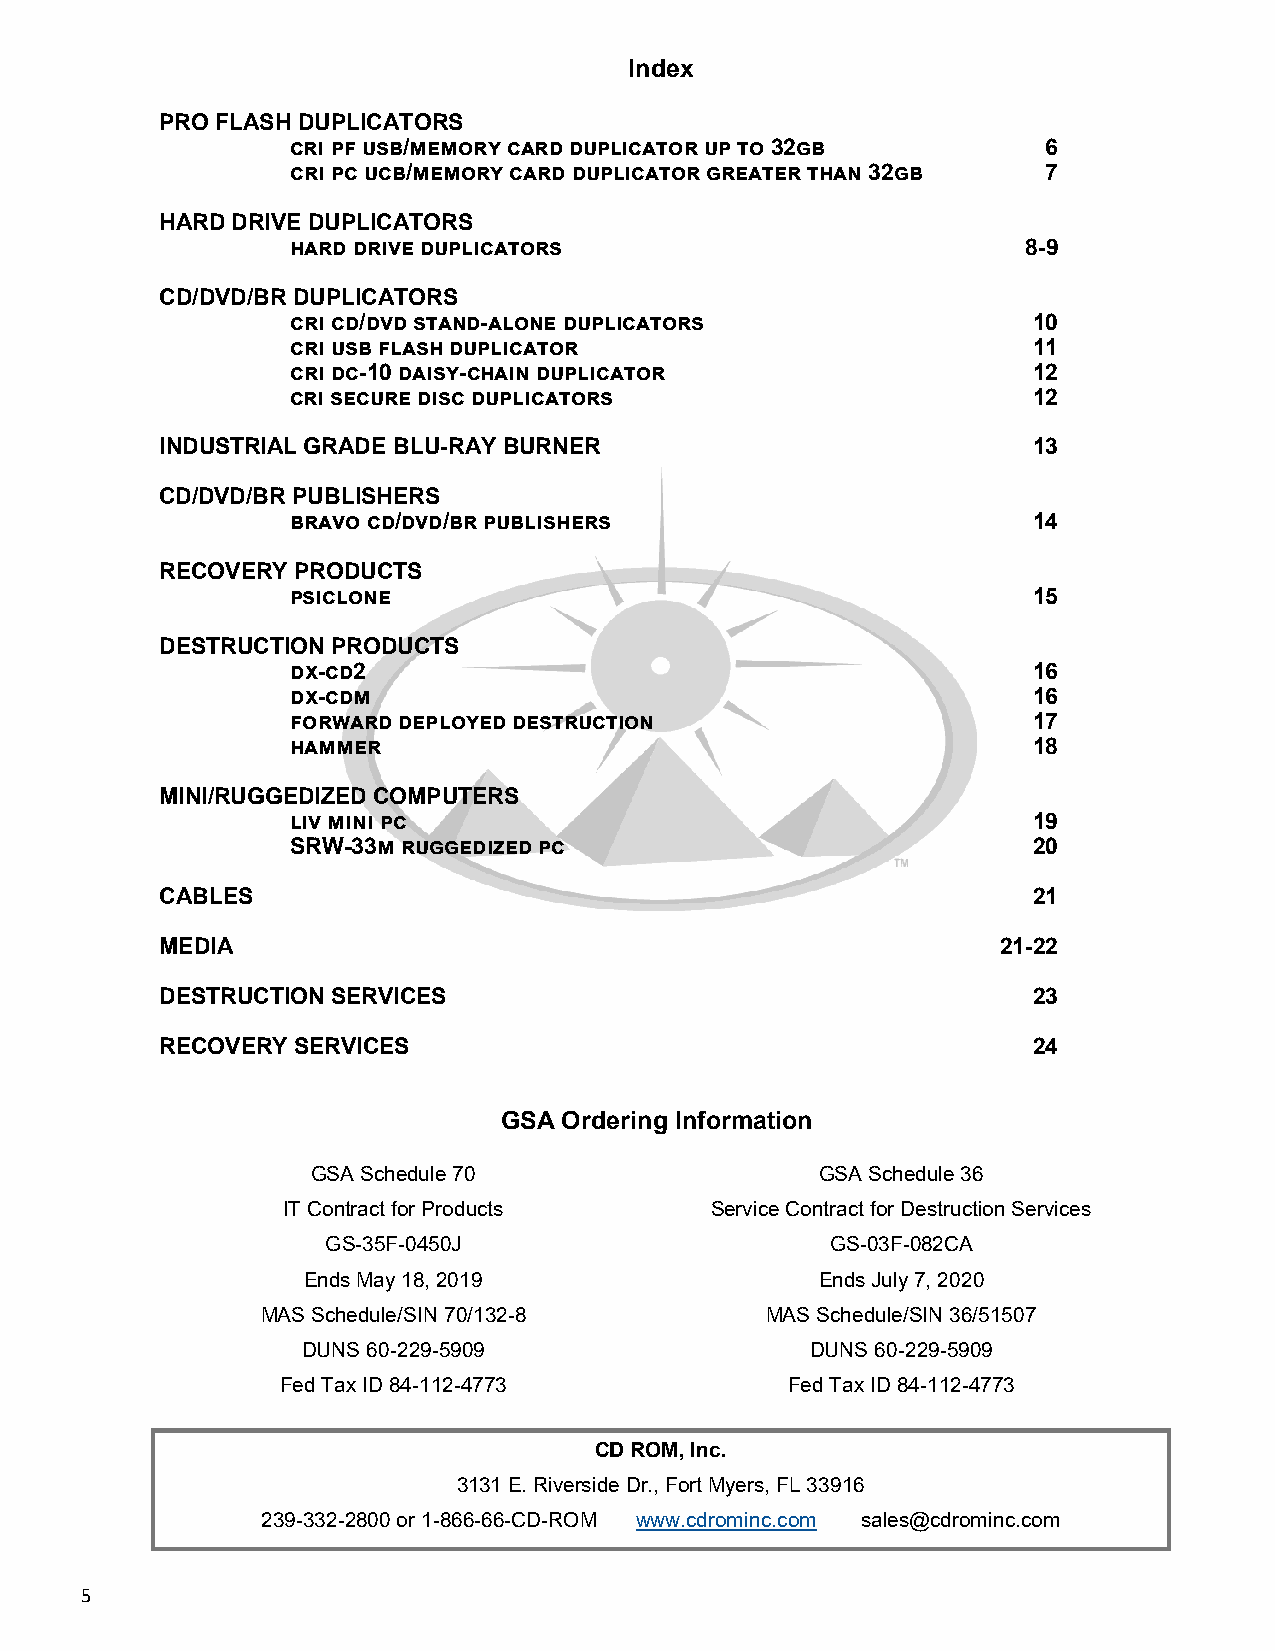
Index
 PRO FLASH DUPLICATORS
 cri pf usb/memory card duplicator up to 32gb      6
 cri pc ucb/memory card duplicator greater than 32gb 7
 HARD DRIVE DUPLICATORS
 hard drive duplicators                           8-9
 CD/DVD/BR DUPLICATORS
 cri cd/dvd stand-alone duplicators               10
 cri usb flash duplicator                         11
 cri dc-10 daisy-chain duplicator                 12
 cri secure disc duplicators                      12
 INDUSTRIAL GRADE BLU-RAY BURNER                          13
 CD/DVD/BR PUBLISHERS
 bravo cd/dvd/br publishers                       14
 RECOVERY PRODUCTS
 psiclone                                         15
 DESTRUCTION PRODUCTS
 dx-cd2                                           16
 dx-cdm                                           16
 forward deployed destruction                     17
 hammer                                           18
 MINI/RUGGEDIZED COMPUTERS
 liv mini pc                                      19
 SRW-33m ruggedized pc                            20
 CABLES                                                   21
 MEDIA                                                  21-22
 DESTRUCTION SERVICES                                     23
 RECOVERY SERVICES                                        24
 GSA Ordering Information
 GSA Schedule 70                  GSA Schedule 36
 IT Contract for Products    Service Contract for Destruction Services
 GS-35F-0450J                     GS-03F-082CA
 Ends May 18, 2019                 Ends July 7, 2020
 MAS Schedule/SIN 70/132-8         MAS Schedule/SIN 36/51507
 DUNS 60-229-5909                  DUNS 60-229-5909
 Fed Tax ID 84-112-4773           Fed Tax ID 84-112-4773
 CD ROM, Inc.
 3131 E. Riverside Dr., Fort Myers, FL 33916
 239-332-2800 or 1-866-66-CD-ROM www.cdrominc.com sales@cdrominc.com
 5